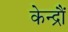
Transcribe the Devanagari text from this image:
केन्द्रौं